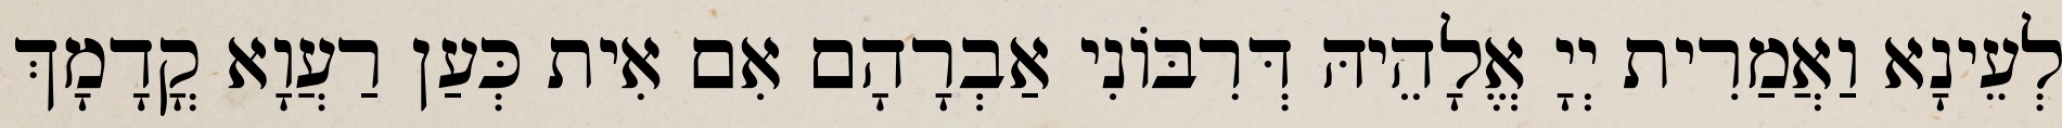
לְעֵינָא וַאֲמַרִית יְיָ אֱלָהֵיהּ דְּרִבּוֹנִי אַבְרָהָם אִם אִית כְּעַן רַעֲוָא קֳדָמָךְ